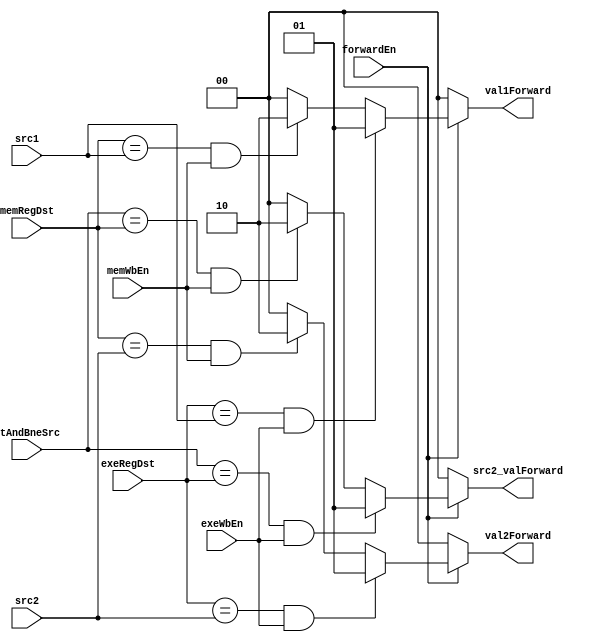
module ForwardingUnit(input forwardEn,exeWbEn,memWbEn,input[4:0] exeRegDst,memRegDst,stAndBneSrc,src1,src2,
	output[1:0] val1Forward,val2Forward,src2_valForward);
	assign val1Forward=forwardEn?((exeRegDst==src1 && exeWbEn)?1:(memRegDst==src1 && memWbEn)?2:0):0;
	assign val2Forward=forwardEn?((exeRegDst==src2 && exeWbEn)?1:(memRegDst==src2 && memWbEn)?2:0):0;
	assign src2_valForward=forwardEn?((stAndBneSrc==exeRegDst && exeWbEn)?1:(stAndBneSrc==memRegDst && memWbEn)?2:0):0;
endmodule